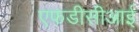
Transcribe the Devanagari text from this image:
एफडीसीआई